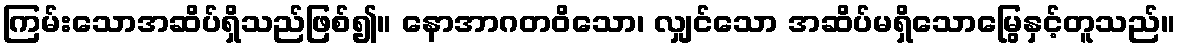
ကြမ်းသောအဆိပ်ရှိသည်ဖြစ်၍။ နောအာဂတဝိသော၊ လျှင်သော အဆိပ်မရှိသောမြွေနှင့်တူသည်။